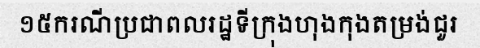
១៥ករណីប្រជាពលរដ្ឋទីក្រុងហុងកុងតម្រង់ជួរ